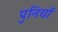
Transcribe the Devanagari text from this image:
पुनियाँ